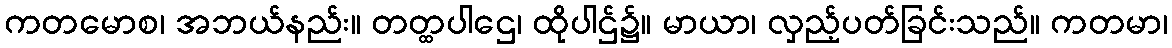
ကတမောစ၊ အဘယ်နည်း။ တတ္ထပါဌေ၊ ထိုပါဌ်၌။ မာယာ၊ လှည့်ပတ်ခြင်းသည်။ ကတမာ၊